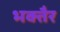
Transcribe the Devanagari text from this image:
भक्तैर